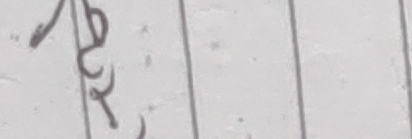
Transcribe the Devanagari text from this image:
रु